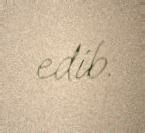
edib.